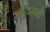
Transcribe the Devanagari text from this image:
सायरनों